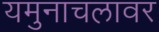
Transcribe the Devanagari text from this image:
यमुनाचलावर